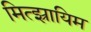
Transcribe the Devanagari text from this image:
मित्झ्रायिम